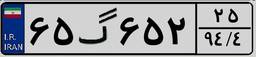
۶۵گ۶۵۲۲۵